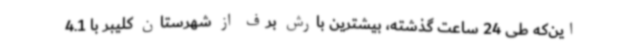
این‌که طی 24 ساعت گذشته، بیشترین بارش برف از شهرستان کلیبر با 4.1